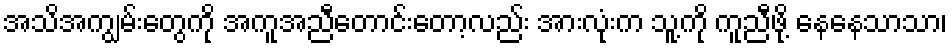
အသိအကျွမ်းတွေကို အကူအညီတောင်းတော့လည်း အားလုံးက သူ့ကို ကူညီဖို့ နေနေသာသာ၊